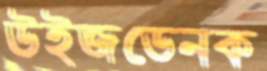
উইজডেনক